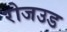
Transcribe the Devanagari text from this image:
रोजउड